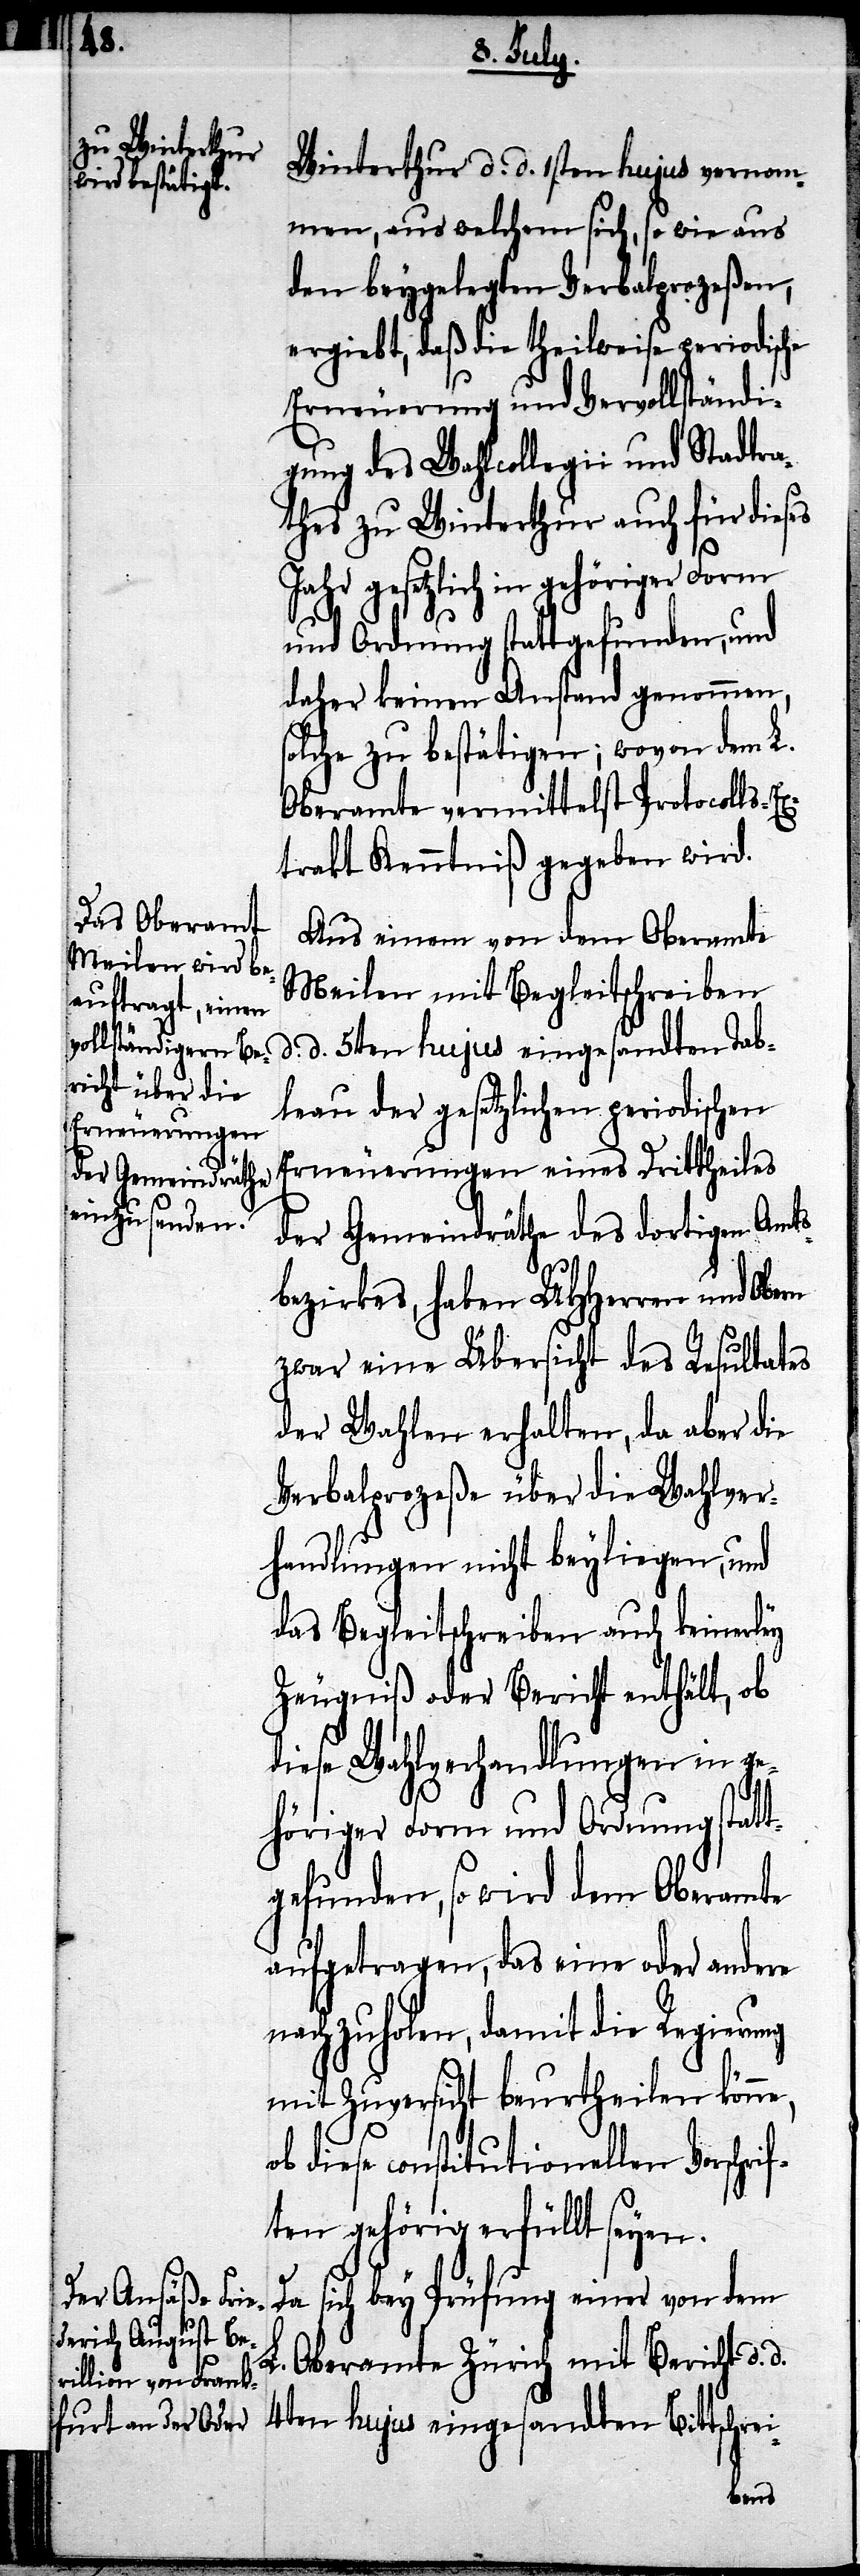
Winterthur d. d. 1sten hujus vernom¬
men, aus welchem sich, so wie aus
den beygelegten Verbalprozeßen,
ergiebt, daß die theilweise periodische
Erneuerung und Vervollständi¬
gung des Wahlcollegii und Stadtra¬
thes zu Winterthur auch für dieses
Jahr gesetzlich in gehöriger
und Ordnung stattgefunden, und
daher keinen Anstand genommen,
solche zu bestätigen; wovon dem L.
Oberamte vermittelst Protocolls-Ex¬
trakt Kenntniß gegeben wird.
Aus einem von dem Oberamte
Meilen mit Begleitschreiben
d. d. 5ten hujus eingesandten Tab¬
leau der gesetzlichen periodischen
Erneuerungen
der Gemeindräthe des dortigen Amts¬
bezirkes, haben UHHerren und
zwar eine Übersicht des Resultates
der Wahlen erhalten, da aber die
Verbalprozeße über die Wahlver¬
handlungen nicht beyliegen, und
das Begleitschreiben auch keinerley
Zeugniß oder Bericht enthält, ob
diese Wahlverhandlungen in ge¬
höriger Form und Ordnung statt¬
gefunden, so wird dem Oberamte
aufgetragen, das eine oder andere
nachzuholen, damit die Regierung
mit Zuversicht beurtheilen könne,
ob diese constitutionellen Vorschrif¬
ten gehörig erfüllt seyen.
Da sich bey Prüfung einer von dem
L. Oberamte Zürich mit Bericht d.
4ten hujus eingesandten Bittschrei-
eines